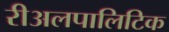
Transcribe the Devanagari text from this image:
रीअलपालिटिक